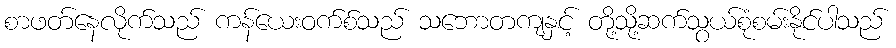
စာဖတ်နေလိုက်သည် ကန်ယေးဝက်စ်သည် သဘောတကျနှင့် တို့သို့ဆက်သွယ်စုံစမ်းနိုင်ပါသည်